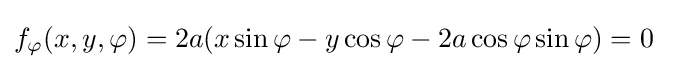
f_{\varphi }(x,y,\varphi )=2a(x\sin \varphi -y\cos \varphi -2a\cos \varphi \sin \varphi )=0\